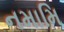
નમામિ